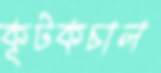
কূটকচাল